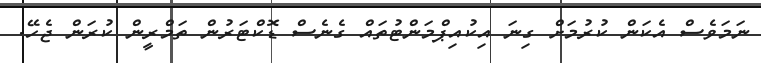
ނަަމަވެސް އެކަން ކުރުމަށް ގިނަ އިކުއިޕްމަންޓުތައް ގެނެސް ޑޮކްޓަރުން ތަމްރީން ކުރަން ޖެހޭ.